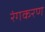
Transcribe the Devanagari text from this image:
रंगकरण